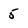
Character: 5